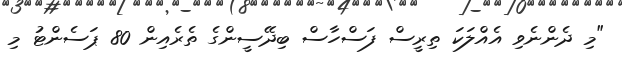
"މި ދެންނެވި އެއްލަކަ ތިރީސް ފަސްހާސް ބިދޭސީންގެ ތެރެއިން 80 ޕަސެންޓު މި